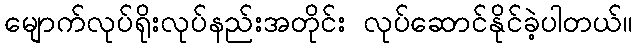
မျောက်လုပ်ရိုးလုပ်နည်းအတိုင်း လုပ်ဆောင်နိုင်ခဲ့ပါတယ်။